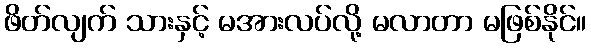
ဖိတ်လျက် သားနှင့် မအားလပ်လို့ မလာတာ မဖြစ်နိုင်။